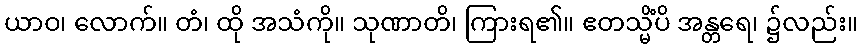
ယာဝ၊ လောက်။ တံ၊ ထို အသံကို။ သုဏာတိ၊ ကြားရ၏။ ဧတသ္မိံပိ အန္တရေ၊ ၌လည်း။